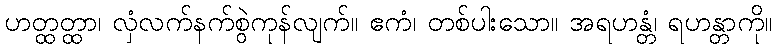
ဟတ္ထတ္ထာ၊ လှံလက်နက်စွဲကုန်လျက်။ ဧကံ၊ တစ်ပါးသော။ အရဟန္တံ၊ ရဟန္တာကို။